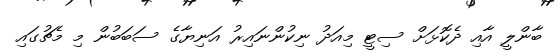
ބާންލީ އާއި ދެކޮޅަށް ސިޓީ މިއަދު ނިކުންނައިރު އަނިޔާގެ ސަބަބުން މި މެޗުގައި